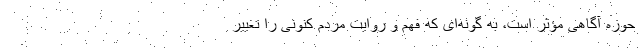
حوزه آگاهی مؤثر است، به گونه‌ای که فهم و روایت مردم کنونی را تغییر